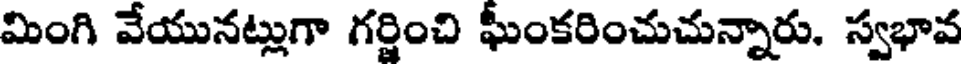
మింగి వేయునట్లుగా గర్జించి ఘీంకరించుచున్నారు. స్వభావ